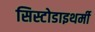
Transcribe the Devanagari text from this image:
सिस्टोडाइथर्मी